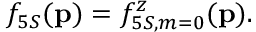
f _ { 5 S } ( { \bf { p } } ) = f _ { 5 S , m = 0 } ^ { z } ( { \bf { p } } ) .